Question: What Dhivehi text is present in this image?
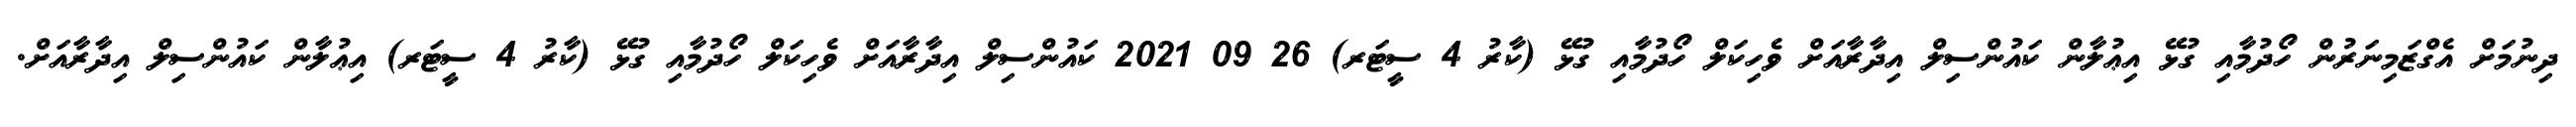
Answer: ދިނުމަށް އެގްޒަމިނަރުން ހޯދުމާއި ގުޅޭ އިޢުލާން ކައުންސިލް އިދާރާއަށް ވެހިކަލް ހޯދުމާއި ގުޅޭ (ކާރު 4 ސީޓަރ) 26 09 2021 ކައުންސިލް އިދާރާއަށް ވެހިކަލް ހޯދުމާއި ގުޅޭ (ކާރު 4 ސީޓަރ) އިޢުލާން ކައުންސިލް އިދާރާއަށް.